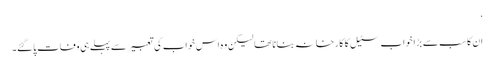
‘
ان کا سب سے بڑا خواب سٹیل کا کارخانہ بنانا تھا لیکن وہ اس خواب کی تعبیر سے پہلے ہی وفات پاگئے۔